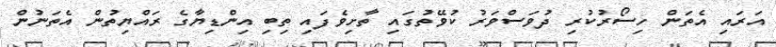
އަރައި އެތަން ހިސޯރުކުރި ދުވަސްވަރު ކުވޭތުގައި ތާށިވެފައި ތިބި އިންޑިޔާގެ ރައްޔިތުން އެތަނުން